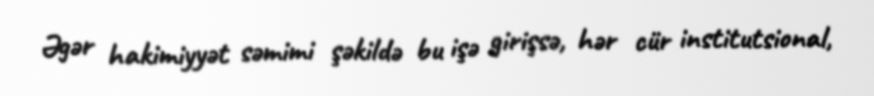
Əgər hakimiyyət səmimi şəkildə bu işə girişsə, hər cür institutsional,